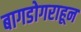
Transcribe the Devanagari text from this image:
बागडोगराहून